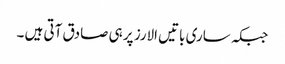
جبکہ ساری باتیں الارز پر ہی صادق آتی ہیں ۔